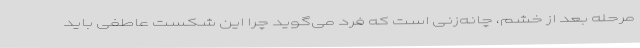
مرحله بعد از خشم، چانه‌زنی است که فرد می‌گوید چرا این شکست عاطفی باید